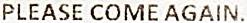
PLEASE COME AGAIN.